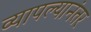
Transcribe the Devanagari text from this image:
व्यापल्यानंतर